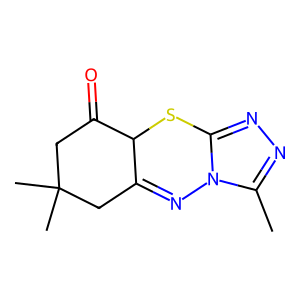
SMILES: Cc1nnc2n1N=C1CC(C)(C)CC(=O)C1S2
Inhibits HIV replication: No